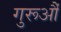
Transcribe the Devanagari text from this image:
गुरूऔं